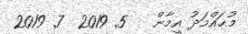
މުޙައްމަދު އީމާން   5